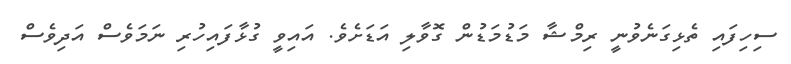
ސިހިފައި ތެޅިގަނެވުނީ ރިމްޝާ މަޑުމަޑުން ގޮވާލި އަޑަށެވެ. އައިވީ ގުޅާފައިހުރި ނަމަވެސް އަދިވެސް